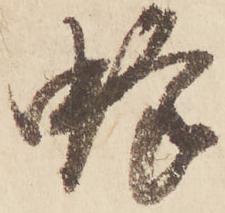
蜂